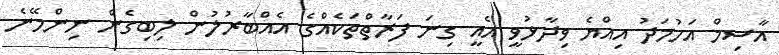
އާސިމް އަހުމަދު އިއްޔެ ވިދާޅުވީ އެއީ ގިނަ ފަރާތްތަކެއްގެ އެއްބާރުލުން ލިބިގެން ނިންމޭނެ